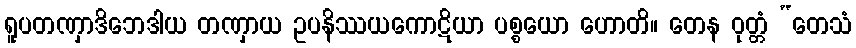
ရူပတဏှာဒိဘေဒါယ တဏှာယ ဥပနိဿယကောဋိယာ ပစ္စယော ဟောတိ။ တေန ဝုတ္တံ “တေသံ